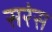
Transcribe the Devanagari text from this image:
सरंस